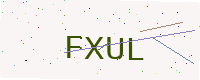
Text: FXUL